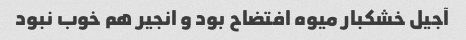
آجیل خشکبار میوه افتضاح بود و انجیر هم خوب نبود